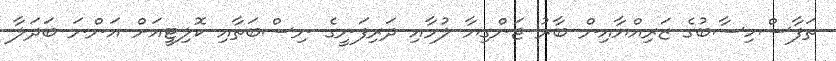
ތަފާސްހިސާބުގެ ޒަރިއްޔާއިން ބާރު ޖަންގިޔާ ލުމާއި ދަރިފަނީގެ ނިސްބަތާއި ކޮލިޓީއަށް އަންނަ ބަދަލާ